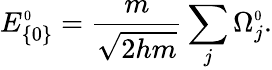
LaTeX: E_{\{ 0\} }^{\scriptscriptstyle 0}=\frac{m}{\sqrt{2hm}}\sum_{j}\Omega_{j}^{\scriptscriptstyle 0}.